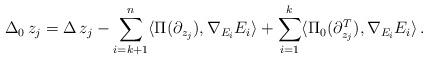
LaTeX: \begin{align*} \Delta_0 \, z_j &= \Delta \, z_j - \sum_{i=k+1}^n \langle \Pi (\partial_{z_j} ) , \nabla_{E_i} E_i \rangle+ \sum_{i=1}^k \langle \Pi_0 (\partial_{z_j}^T) , \nabla_{E_i} E_i \rangle\, . \end{align*}